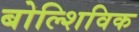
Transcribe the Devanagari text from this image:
बोल्शिविक